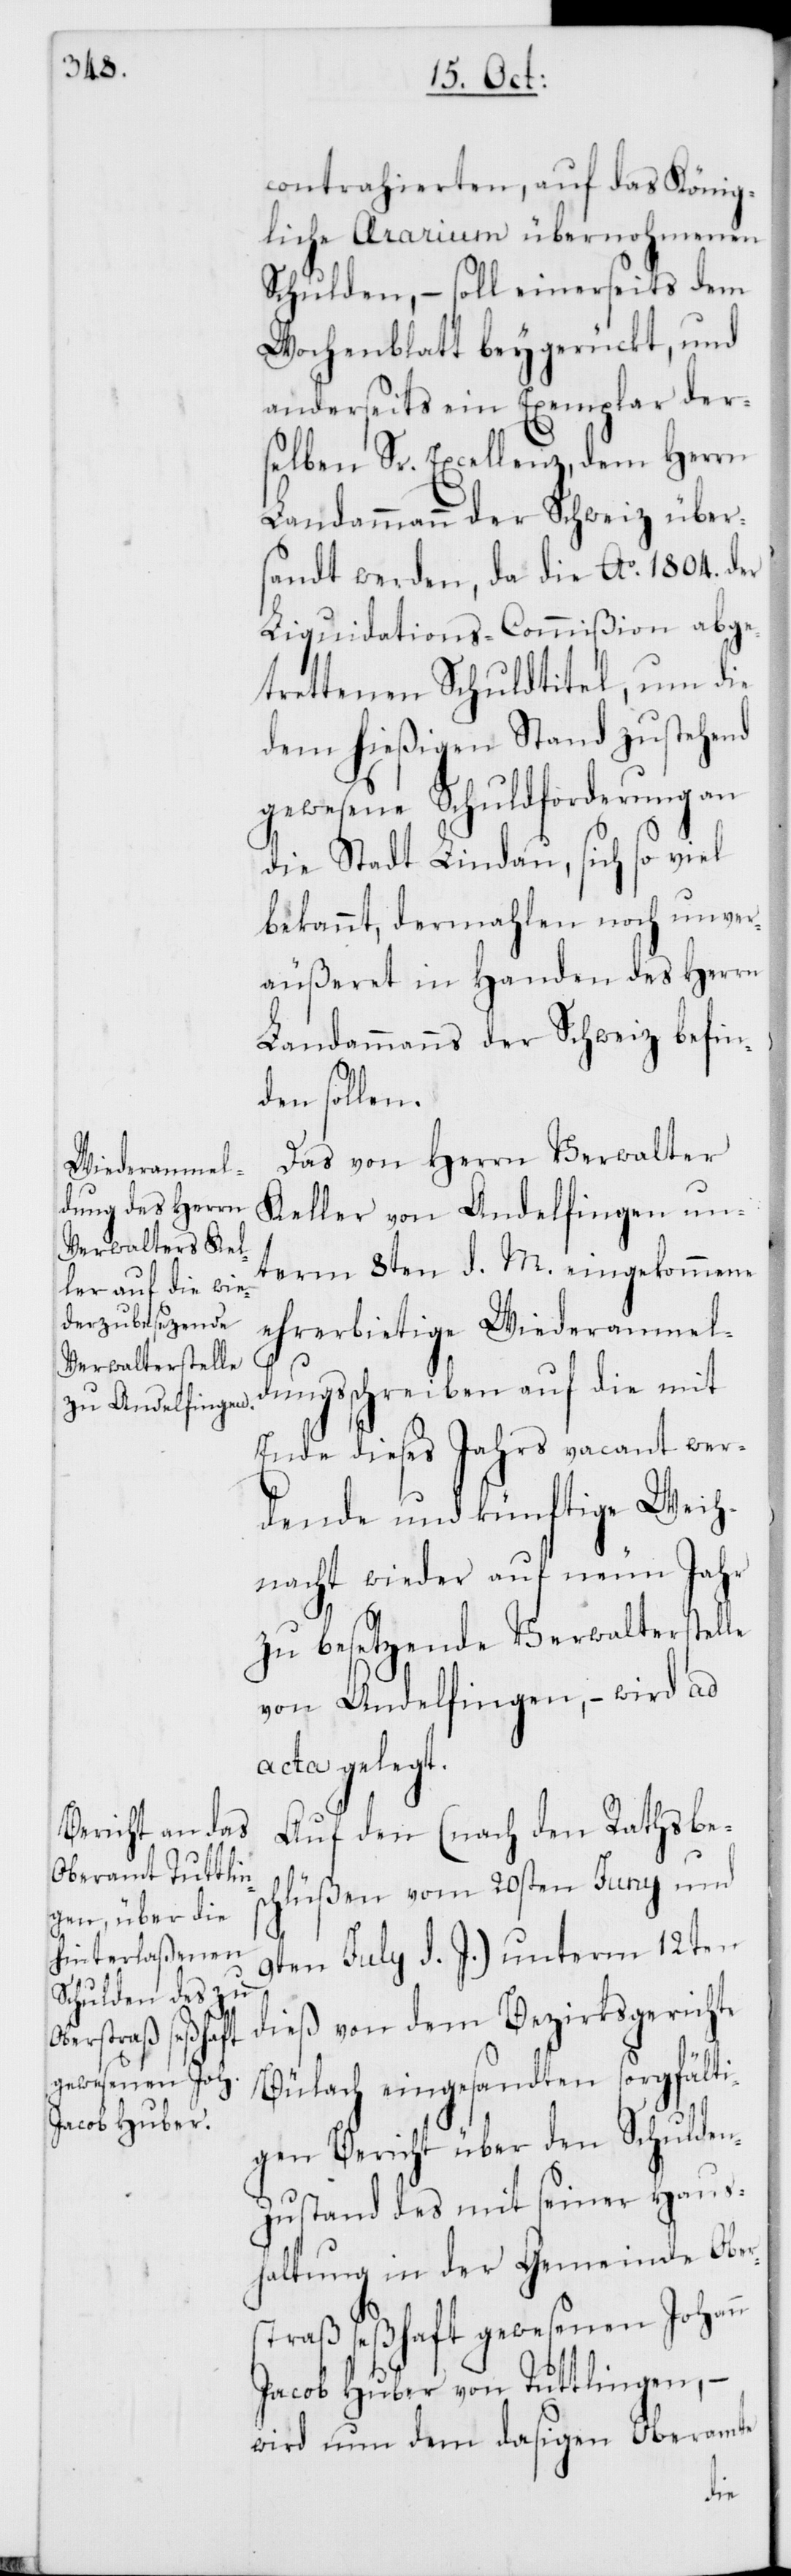
contrahierten, auf das König¬
liche Ararium übernohmenen
Schulden, – soll einerseits dem
Wochenblatt beygerückt, und
anderseits ein Exemplar der¬
selben Sr. Excellenz dem Herrn
Landammann der Schweiz über¬
sandt werden, da die Ao 1804. der
Liquidations-Commißion abge¬
trettenen Schuldtitel, um die
dem hießigen Stand zustehend
gewesene Schuldforderung
die Stadt Lindau, sich so viel
bekannt, dermahlen noch unver¬
äußeret in Handen des Herrn
Landammanns der Schweiz befin¬
den sollen.
Das von Herrn Verwalter
Keller von Andelfingen un¬
term 8ten d. M. eingekommene
ehrerbietige Wiederanmel¬
dungsschreiben auf die mit
Ende dieses Jahrs vacant wer¬
dende und künftige Weih¬
nacht wieder auf neun Jahr
zu besetzende Verwalterstelle
von Andelfingen, – wird ad
acta gelegt.
Auf den (nach den Rathsbes¬
chlüßen vom 20sten Juny und
9ten July d. J.) unterm 12ten
dieß von dem Bezirksgerichte
Bülach eingesandten sorgfälti¬
gen Bericht über den Schulden-Z¬
ustand des mit seiner Haus¬
haltung in der Gemeinde Ober¬
straß seßhaft gewesenen Johann
Jacob Huber von Tuttlingen, –
wird nun dem dasigen Oberamte